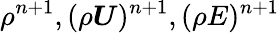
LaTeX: \rho^{n+1},(\rho\boldsymbol{U})^{n+1},(\rho E)^{n+1}